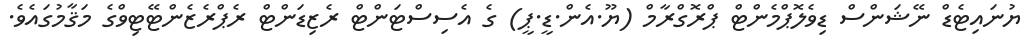
ޔުނައިޓެޑް ނޭޝަންސް ޑިވެލޮޕްމެންޓް ޕްރޮގްރާމް (ޔޫ.އެން.ޑީ.ޕީ) ގެ އެސިސްޓަންޓް ރެޒިޑަންޓް ރެޕްރެޒެންޓޭޓިވްގެ މަޤާމުގައެވެ.